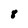
Character: 8